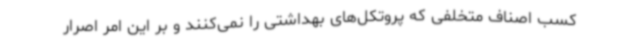
کسب اصناف متخلفی که پروتکل‌های بهداشتی را نمی‌کنند و بر این امر اصرار